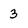
Character: 3